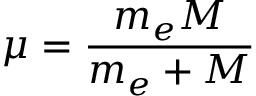
\mu = { \frac { m _ { e } M } { m _ { e } + M } } \,